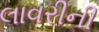
લાવરીની